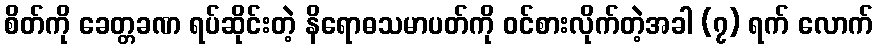
စိတ်ကို ခေတ္တခဏ ရပ်ဆိုင်းတဲ့ နိရောဓသမာပတ်ကို ဝင်စားလိုက်တဲ့အခါ (၇) ရက် လောက်